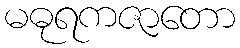
မဓုရကဇာတော